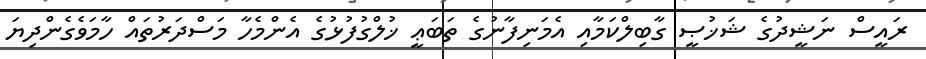
ރައީސް ނަޝީދުގެ ޝަޚުޞީ ގާބިލްކަމާއި އެމަނިފާނުގެ ތަބަޢީ ޚުލްގުފުޅުގެ އެންމެހާ މަސްދަރުތައް ހާމަވެގެންދިޔަ